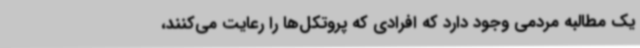
یک مطالبه مردمی وجود دارد که افرادی که پروتکل‌ها را رعایت می‌کنند،